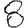
Digit: 8